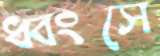
ধ্বংসে